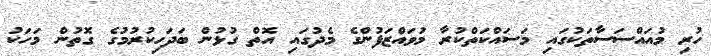
ހުރި މުއައްސަސާތަކުގައި މަސައްކަތްކުރާ މުވައްޒަފުންގެ މެދުގައި އޮތް ގުޅުން ބަދަހިކުރުމުގެ ގޮތުން މަހަކު